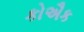
કોઐક